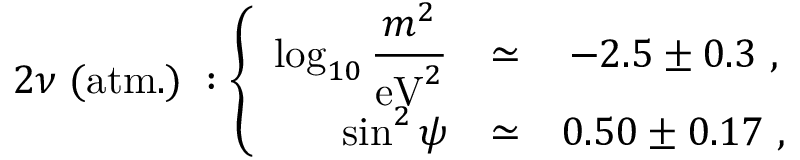
2 \nu \; ( \mathrm { a t m . } ) \; : \left\{ \begin{array} { r c c } { { \log _ { 1 0 } \displaystyle \frac { m ^ { 2 } } { \mathrm { e V } ^ { 2 } } } } & { { \simeq } } & { { - 2 . 5 \pm 0 . 3 \ , } } \\ { { \sin ^ { 2 } \psi } } & { { \simeq } } & { { 0 . 5 0 \pm 0 . 1 7 \ , } } \end{array} \right.